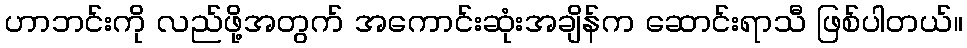
ဟာဘင်းကို လည်ဖို့အတွက် အကောင်းဆုံးအချိန်က ဆောင်းရာသီ ဖြစ်ပါတယ်။